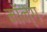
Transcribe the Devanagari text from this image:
मॉन्ग